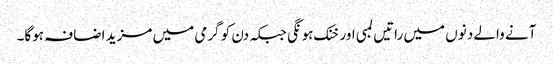
آنے والے دنوں میں راتیں لمبی اور خنک ہونگی جبکہ دن کو گرمی میں مزید اضافہ ہوگا۔